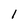
Character: 1